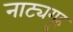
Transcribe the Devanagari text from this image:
नाट्यगॄह